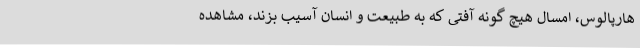
هارپالوس، امسال هیچ گونه آفتی که به طبیعت و انسان آسیب بزند، مشاهده